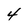
Character: 4